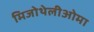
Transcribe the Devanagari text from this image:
मिजोथेलीओमा